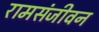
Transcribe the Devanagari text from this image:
रामसंजीवन